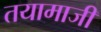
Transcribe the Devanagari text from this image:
तयामाजीं